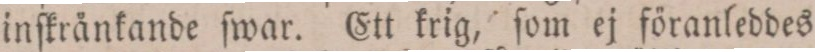
inſkrånkande ſwar. Ett krig, ſom ej föranleddes